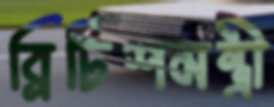
ব্রিটিশমন্ত্রী